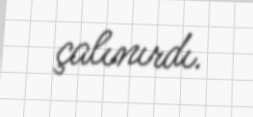
çalınırdı.